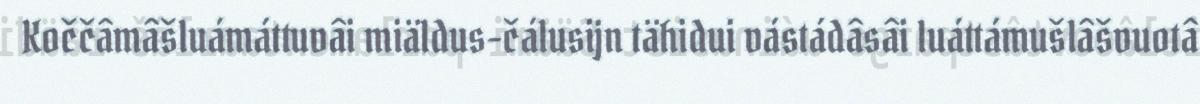
Koččâmâšluámáttuvâi miäldus-čálusijn tähidui vástádâsâi luáttámušlâšvuotâ